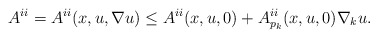
\begin{align*} A^{ii} = A^{ii} (x, u, \nabla u)\leq A^{ii} (x, u, 0) + A^{ii}_{p_k} (x, u, 0) \nabla_k u.\end{align*}